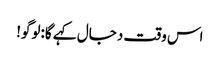
اس وقت دجال کہے گا:لوگو!